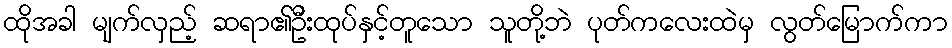
ထိုအခါ မျက်လှည့် ဆရာ၏ဦးထုပ်နှင့်တူသော သူတို့ဘဲ ပုတ်ကလေးထဲမှ လွတ်မြောက်ကာ